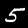
Digit: 5